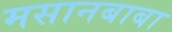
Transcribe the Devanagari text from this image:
मसानबाबा